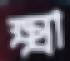
ক্ষ্মা